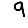
Digit: 9